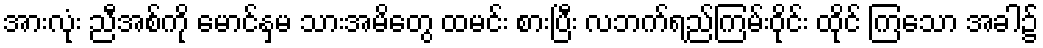
အားလုံး ညီအစ်ကို မောင်နှမ သားအမိတွေ ထမင်း စားပြီး လဘက်ရည်ကြမ်းဝိုင်း ထိုင် ကြသော အခါ၌